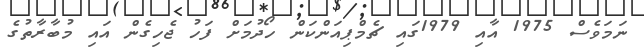
ނަމަވެސް 1975 އާއި 1979ގައި ޗެމްޕިއަންކަން ހޯދުމަށް ފަހު ޖެހިގެން އައި މުބާރާތުގެ